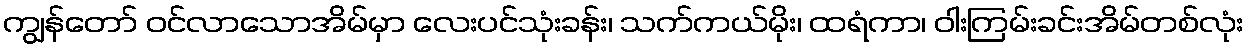
ကျွန်တော် ဝင်လာသောအိမ်မှာ လေးပင်သုံးခန်း၊ သက်ကယ်မိုး၊ ထရံကာ၊ ဝါးကြမ်းခင်းအိမ်တစ်လုံး